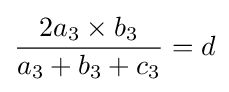
{2a_{3}\times b_{3} \over a_{3}+b_{3}+c_{3}}=d